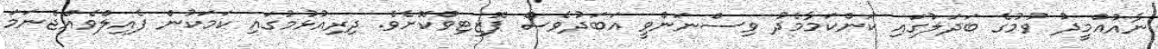
ނާއުއްމީދު ވުމުގެ ބަދަލުގައި ކަންކަމާމެދު ވިސްނަންވީ އަބަދުވެސް ޕޮޒިޓިވްކޮށެވެ. ދިރިއުޅުމުގައި ކަމަކުން ފެއިލްވެއްޖެނަމަ